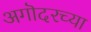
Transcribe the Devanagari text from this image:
अगॊदरच्या